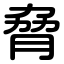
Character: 脅